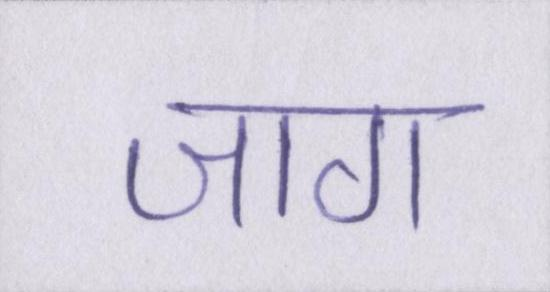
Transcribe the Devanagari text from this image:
जाग